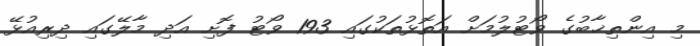
މި އިންތިޚާބުގެ ވޯޓުލުމަށް އަތޮޅުތަކުގައި 193 ވޯޓު ފޮށި އަދި މާލޭގައި ދިރިއުޅޭ